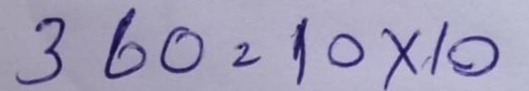
360 = 10x10